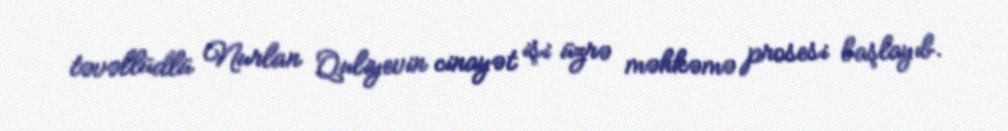
təvəllüdlü Nurlan Quliyevin cinayət işi üzrə məhkəmə prosesi başlayıb.